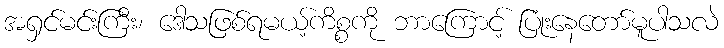
အရှင်မင်းကြီး၊ ဒေါသဖြစ်ရမယ့်ကိစ္စကို ဘာကြောင့် ပြုံးနေတော်မူပါသလဲ